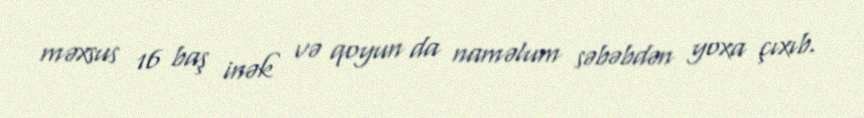
məxsus 16 baş inək və qoyun da naməlum səbəbdən yoxa çıxıb.